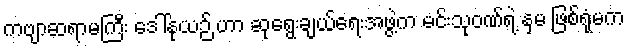
ကဗျာဆရာမကြီး ဒေါ်နုယဉ် ဟာ ဆုရွေးချယ်ရေးအဖွဲ့က မင်းသုဝဏ်ရဲ့ နှမ ဖြစ်ရုံမက